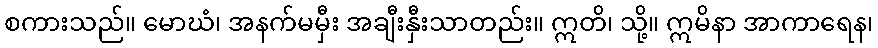
စကားသည်။ မောဃံ၊ အနက်မမှီး အချီးနှီးသာတည်း။ ဣတိ၊ သို့။ ဣမိနာ အာကာရေန၊